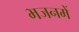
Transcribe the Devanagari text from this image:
भजनमें